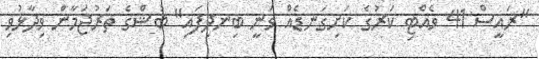
"ރައީސް 41 ވެއްޓި ކަރުގެ ކަށިގަނޑެއް ވަނީ ބިނދިފައި" ބުޝްގެ ތަރުޖަމާން ވިދާޅުވި